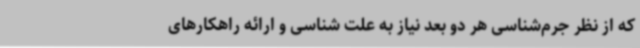
که از نظر جرم‌شناسی هر دو بعد نیاز به علت شناسی و ارائه راهکارهای